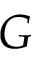
G